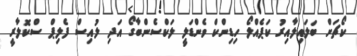
ކޯޗަށް ބަލައިލާއިރު ކަޕެއްލޯ ހިޑިންކް ވެންޑަލީ ލަކްސެންބާގޯ އަދި ލުއިސް ފެލިޕް ސްކޮލާރީ